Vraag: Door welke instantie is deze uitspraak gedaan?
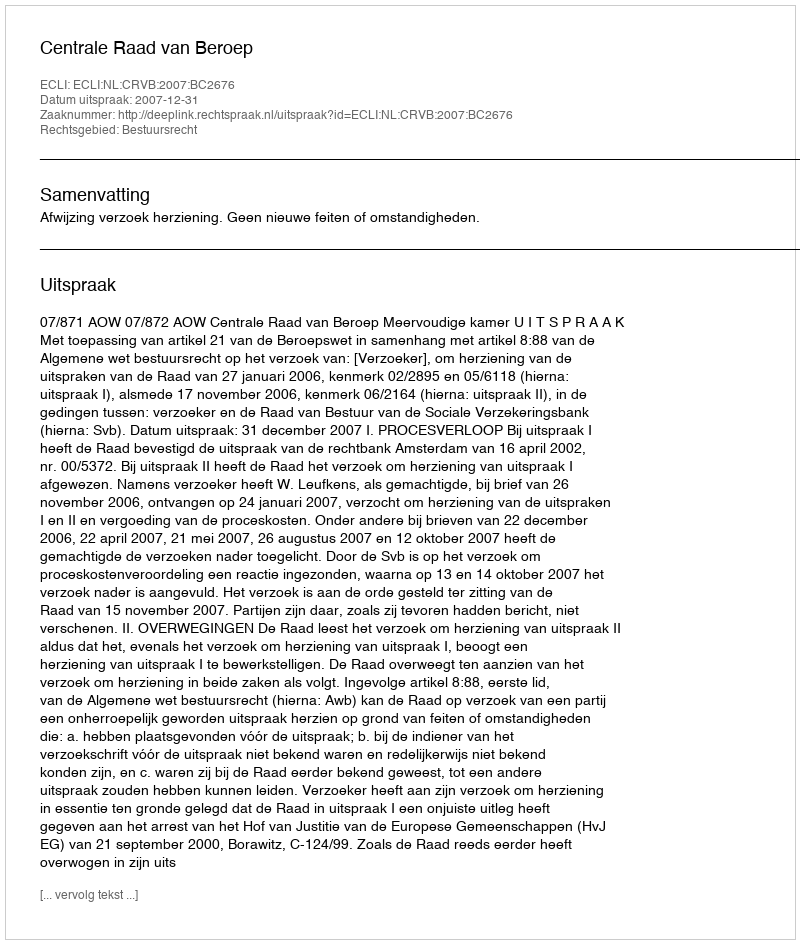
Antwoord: Centrale Raad van Beroep